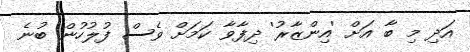
އަދި މި ބާ އަށް 'އިންޒާރު' ދިފާވާ ކަމަށް ވެސް ފުލުހުން ބުނެ